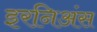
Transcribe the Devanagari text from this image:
इरनिअंस